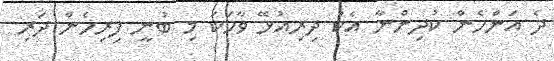
ދެ އަންހެން ކުދިންނާ އެކު ދިރިއުޅޭ ވާހަކަ މި ބުނީ ފިރިހެން ދަރި